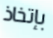
بإتخاذ